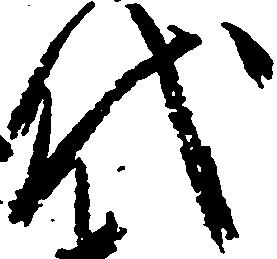
代